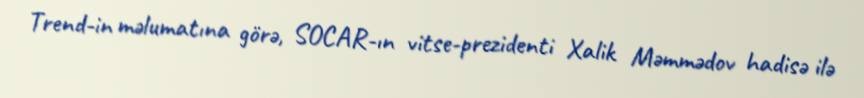
Trend-in məlumatına görə, SOCAR-ın vitse-prezidenti Xalik Məmmədov hadisə ilə